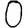
Digit: 0